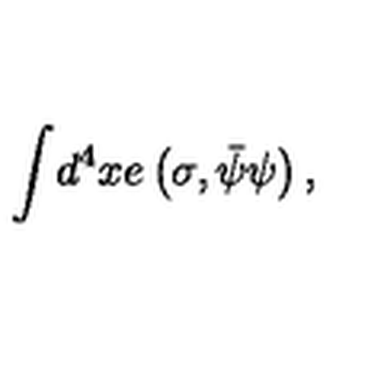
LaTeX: { \int } d ^ { 4 } x e \left( \sigma , { \bar { \psi } \psi } \right) ,